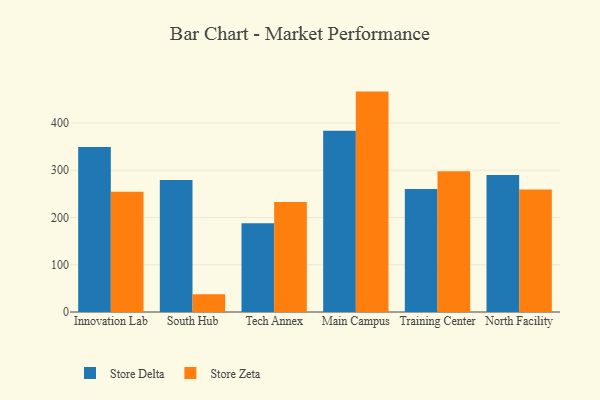
{"axis": {"x": "Campus", "y": "Net Income (USD K)"}, "legend": ["Store Delta", "Store Zeta"], "data": [{"x": "Innovation Lab", "y": 349.3, "type": "Store Delta"}, {"x": "Innovation Lab", "y": 254.3, "type": "Store Zeta"}, {"x": "South Hub", "y": 279.1, "type": "Store Delta"}, {"x": "South Hub", "y": 37.3, "type": "Store Zeta"}, {"x": "Tech Annex", "y": 187.9, "type": "Store Delta"}, {"x": "Tech Annex", "y": 232.8, "type": "Store Zeta"}, {"x": "Main Campus", "y": 383.6, "type": "Store Delta"}, {"x": "Main Campus", "y": 466.4, "type": "Store Zeta"}, {"x": "Training Center", "y": 260.4, "type": "Store Delta"}, {"x": "Training Center", "y": 297.9, "type": "Store Zeta"}, {"x": "North Facility", "y": 289.7, "type": "Store Delta"}, {"x": "North Facility", "y": 259.4, "type": "Store Zeta"}]}